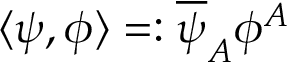
\langle \psi , \phi \rangle = : \overline { { { \psi } } } _ { A } \phi ^ { A }